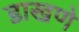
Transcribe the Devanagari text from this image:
डाखणे